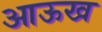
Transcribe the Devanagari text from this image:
आऊख